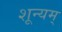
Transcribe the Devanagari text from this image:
शून्यम्